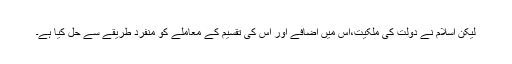
لیکن اسلام نے دولت کی ملکیت،اس میں اضافے اور اس کی تقسیم کے معاملے کو منفرد طریقے سے حل کیا ہے۔